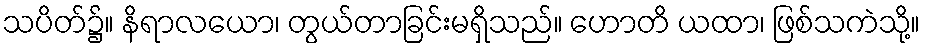
သပိတ်၌။ နိရာလယော၊ တွယ်တာခြင်းမရှိသည်။ ဟောတိ ယထာ၊ ဖြစ်သကဲသို့။